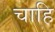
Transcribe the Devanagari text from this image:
चाहि